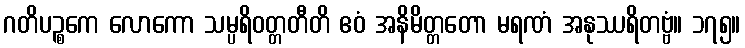
ဂတိပဉ္စကေ လောကော သမ္ပရိဝတ္တတီတိ ဧဝံ အနိမိတ္တတော မရဏံ အနုဿရိတဗ္ဗံ။ ၁၇၅။